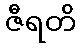
ဇီရတိ